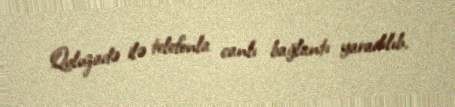
Quluzadə ilə telefonla canlı bağlantı yaradılıb.